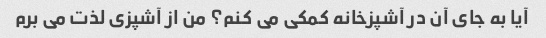
آیا به جای آن در آشپزخانه کمکی می کنم؟ من از آشپزی لذت می برم